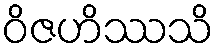
ဝိဇဟိဿသိ